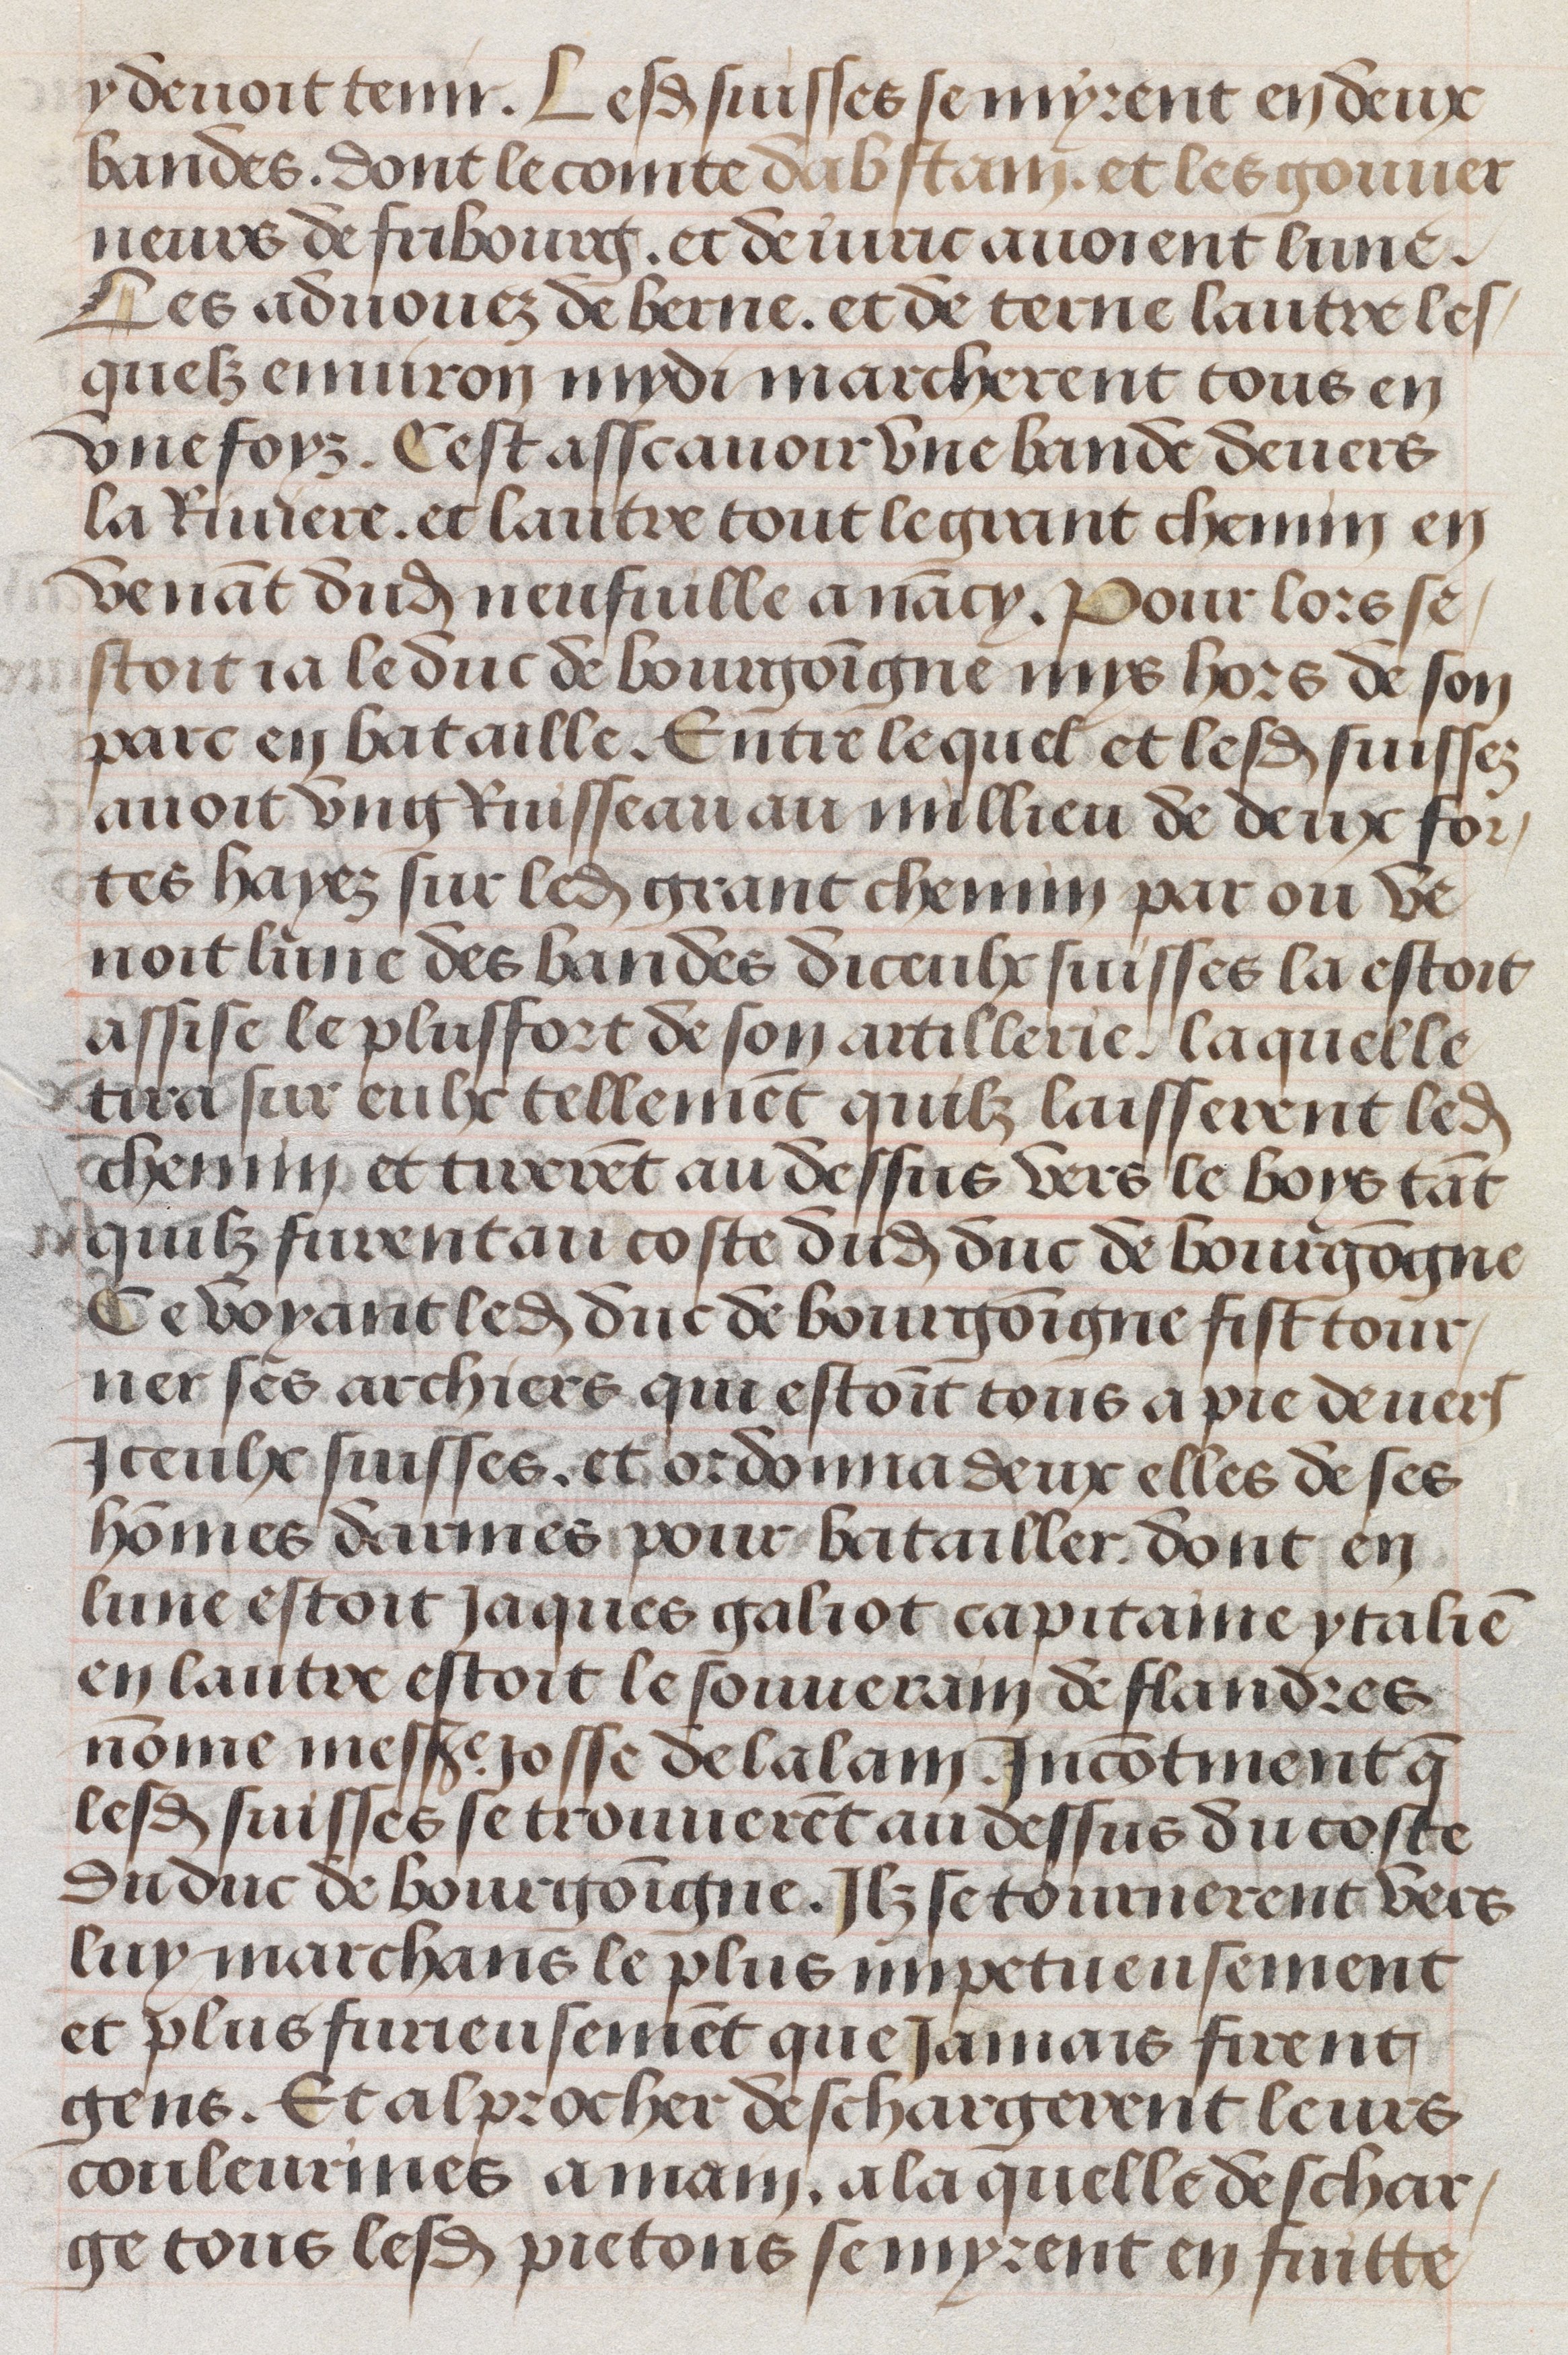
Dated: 1483–1503